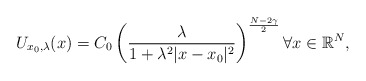
\begin{align*}U_{x_0, \lambda}(x) = C_0\left(\frac{\lambda}{1 + \lambda^2|x - x_0|^2}\right)^{\frac{N - 2\gamma}{2}}\forall x\in \mathbb{R}^N,\end{align*}